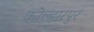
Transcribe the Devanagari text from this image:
कोल्हारपुर